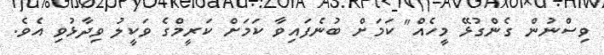
ވިސްނުން ގެންގުޅޭ މީހެއް" ކަމަށް ބުނެފައިވާ ކަމަށް ކަރީމްގެ ވަކީލު ވިދާޅުވި އެވެ.